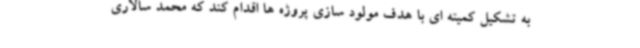
به تشکیل کمیته ای با هدف مولود سازی پروژه ها اقدام کند که محمد سالاری